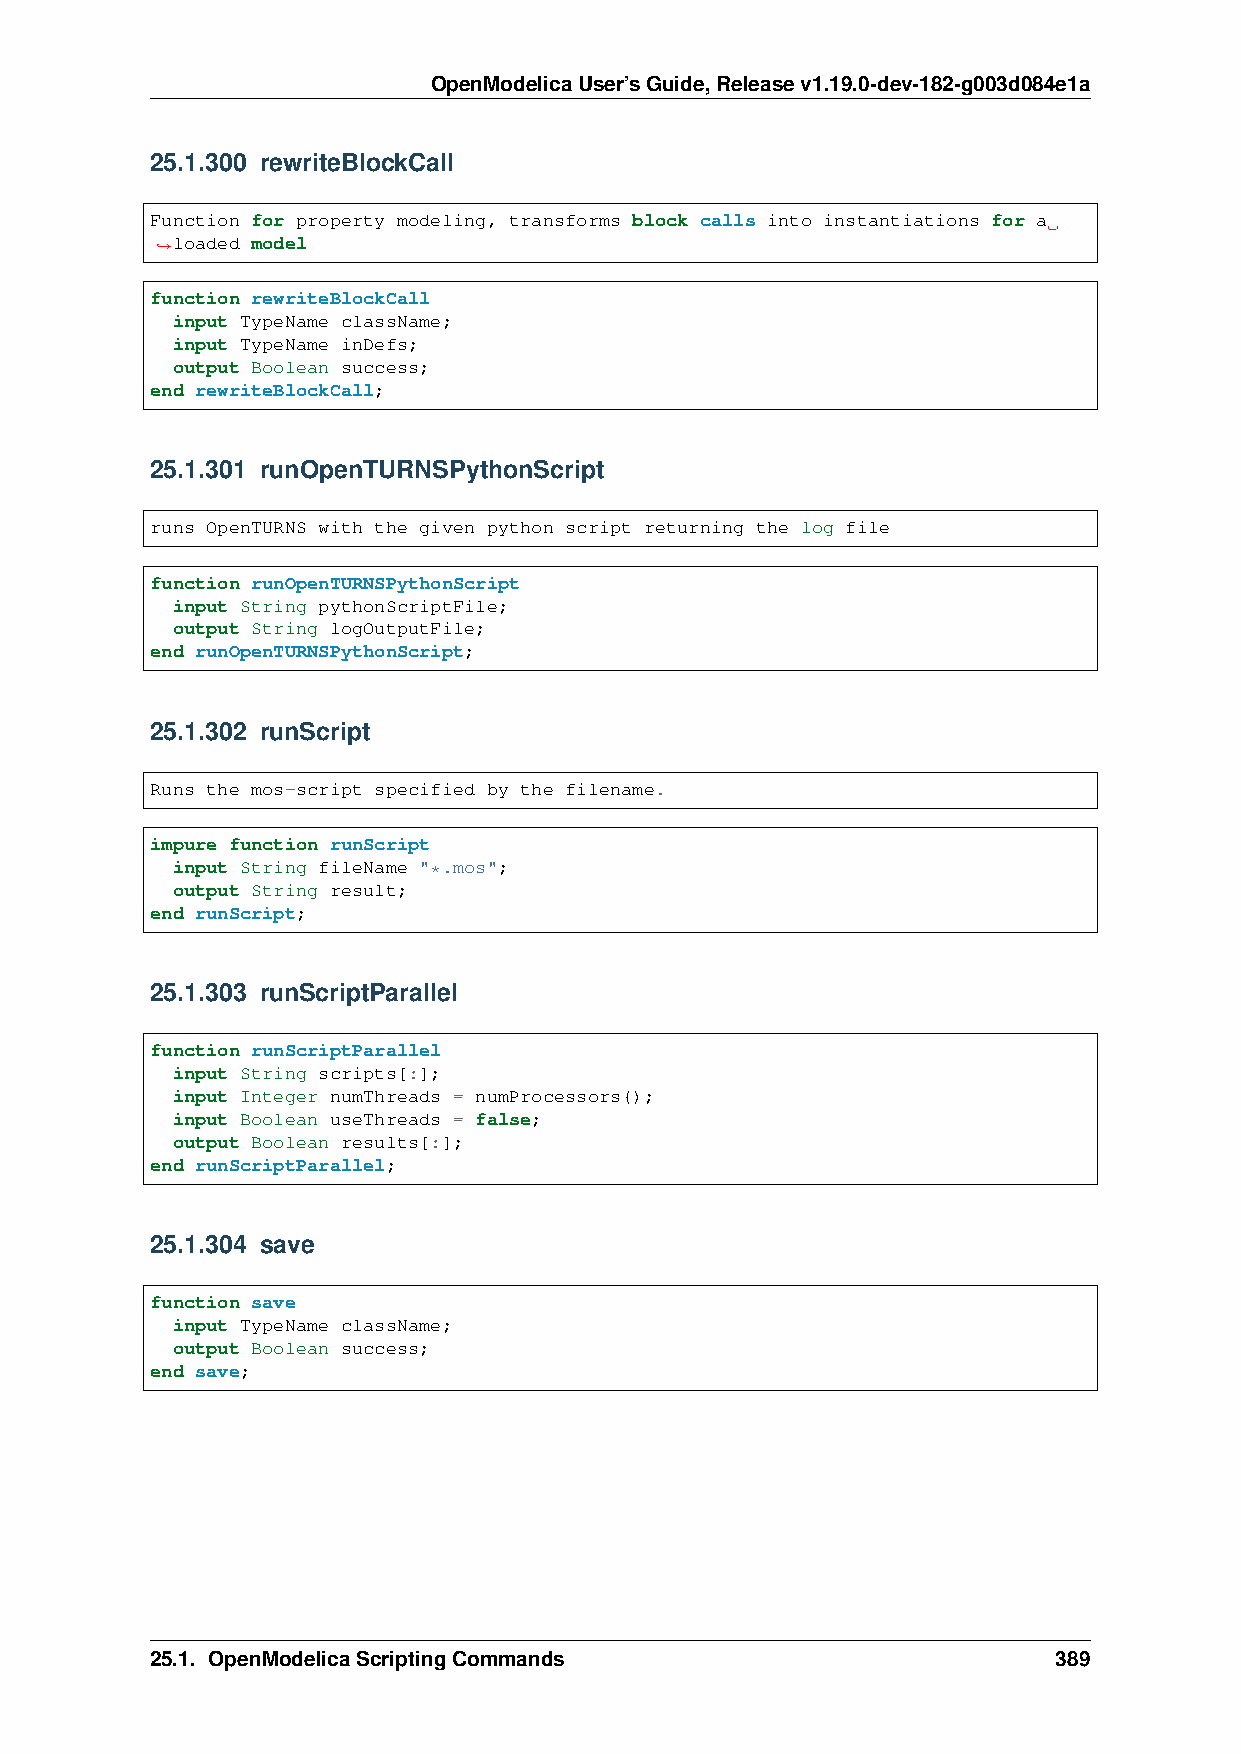
OpenModelicaUser’sGuide,Releasev1.19.0-dev-182-g003d084e1a
 25.1.300 rewriteBlockCall
 Function for property modeling, transforms block calls into instantiations for a
 loaded model
 ˓→
 function rewriteBlockCall
 input TypeName className;
 input TypeName inDefs;
 output Boolean success;
 end rewriteBlockCall;
 25.1.301 runOpenTURNSPythonScript
 runs OpenTURNS with the given python script returning the log file
 function runOpenTURNSPythonScript
 input String pythonScriptFile;
 output String logOutputFile;
 end runOpenTURNSPythonScript;
 25.1.302 runScript
 Runs the mos-script specified by the filename.
 impure function runScript
 input String fileName "*.mos";
 output String result;
 end runScript;
 25.1.303 runScriptParallel
 function runScriptParallel
 input String scripts[:];
 input Integer numThreads = numProcessors();
 input Boolean useThreads = false;
 output Boolean results[:];
 end runScriptParallel;
 25.1.304 save
 function save
 input TypeName className;
 output Boolean success;
 end save;
 25.1. OpenModelicaScriptingCommands                         389